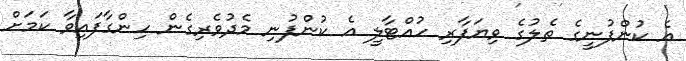
އެ ކުންފުނީގެ ތެލުގެ ވިޔަފާރި ހުއްޓާލީ އެ ކުންފުނި މެދުވެރިގެން ހިންގާފައިވާ ކަމަށް